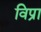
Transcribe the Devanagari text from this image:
विप्रा